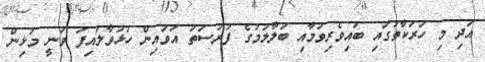
އަދި މި ހަރަކާތުގައި ބައިވެރިވުމާއި ބަލާލުމުގެ ފުރުސަތު އަވައިން ހުޅުވާލައިފަ ވަނީ މުޅިން